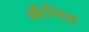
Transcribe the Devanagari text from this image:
स्‍पैनिश